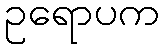
ဥရောပက